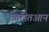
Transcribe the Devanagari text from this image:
क्रिस्तिआन